Indian journal of veterinary science and animal husbandry - Volumes 24-25, 1954-1955
Year: 1954
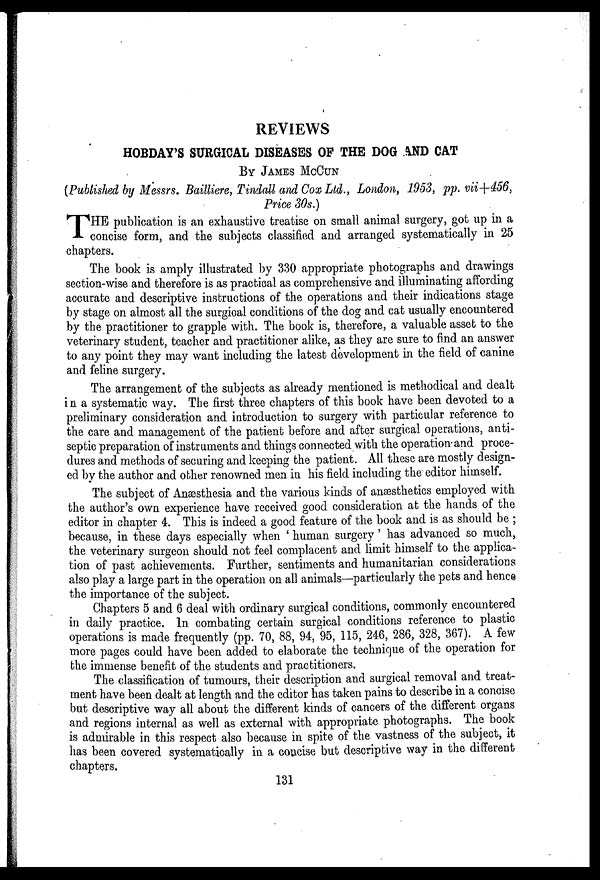
REVIEWS
HOBDAY'S SURGICAL DISEASES OF THE DOG AND CAT
BY JAMES MCCUN
(Published by Messrs. Bailliere, Tindall and Cox Ltd., London, 1953, pp. vii+456,
Price 30s.)
T HE publication is an exhaustive treatise on small animal surgery, got up in a
concise form, and the subjects classified and arranged systematically in 25
chapters.
The book is amply illustrated by 330 appropriate photographs and drawings
section-wise and therefore is as practical as comprehensive and illuminating affording
accurate and descriptive instructions of the operations and their indications stage
by stage on almost all the surgical conditions of the dog and cat usually encountered
by the practitioner to grapple with. The book is, therefore, a valuable asset to the
veterinary student, teacher and practitioner alike, as they are sure to find an answer
to any point they may want including the latest development in the field of canine
and feline surgery.
The arrangement of the subjects as already mentioned is methodical and dealt
in a systematic way. The first three chapters of this book have been devoted to a
preliminary consideration and introduction to surgery with particular reference to
the care and management of the patient before and after surgical operations, anti-
septic preparation of instruments and things connected with the operation and proce-
dures and methods of securing and keeping the patient. All these are mostly design-
ed by the author and other renowned men in his field including the editor himself.
The subject of Anæsthesia and the various kinds of anæsthetics employed with
the author's own experience have received good consideration at the hands of the
editor in chapter 4. This is indeed a good feature of the book and is as should be;
because, in these days especially when 'human surgery' has advanced so much,
the veterinary surgeon should not feel complacent and limit himself to the applica-
tion of past achievements. Further, sentiments and humanitarian considerations
also play a large part in the operation on all animals—particularly the pets and hence
the importance of the subject.
Chapters 5 and 6 deal with ordinary surgical conditions, commonly encountered
in daily practice. In combating certain surgical conditions reference to plastic
operations is made frequently (pp. 70, 88, 94, 95, 115, 246, 286, 328, 367). A few
more pages could have been added to elaborate the technique of the operation for
the immense benefit of the students and practitioners.
The classification of tumours, their description and surgical removal and treat-
ment have been dealt at length and the editor has taken pains to describe in a concise
but descriptive way all about the different kinds of cancers of the different organs
and regions internal as well as external with appropriate photographs. The book
is admirable in this respect also because in spite of the vastness of the subject, it
has been covered systematically in a concise but descriptive way in the different
chapters.
131